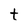
Character: t